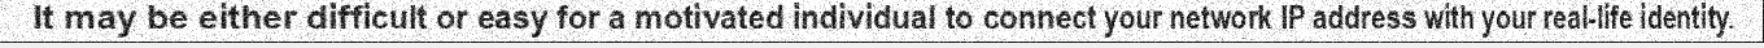
It may be either difficult or easy for a motivated individual to connect your network IP address with your real-life identity.